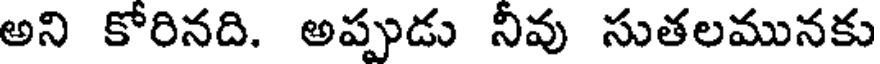
అని కోరినది. అప్పుడు నీవు సుతలమునకు